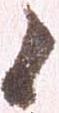
候